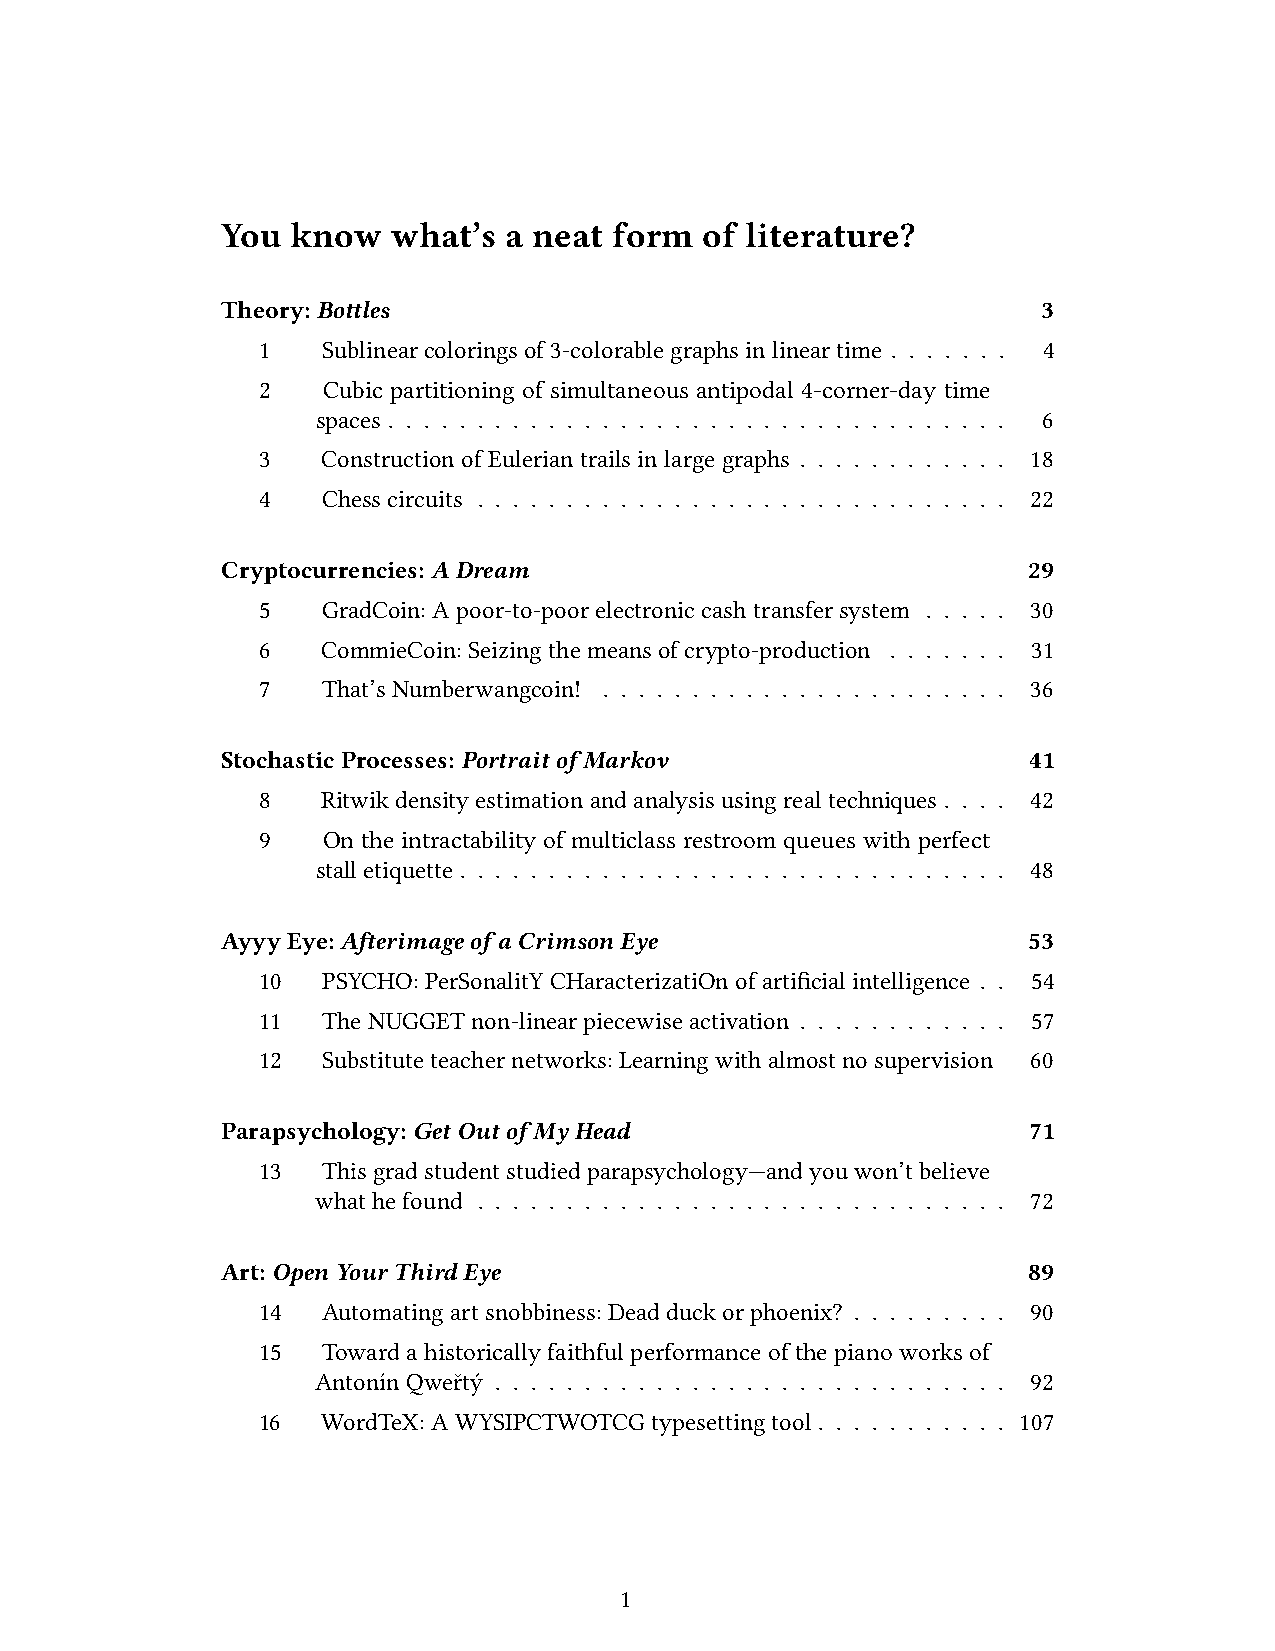
You know   what’s  a neat form  of literature?
 Theory:Bottles                                        3
 1   Sublinearcoloringsof3-colorablegraphsinlineartime . . . . . . . 4
 2   Cubic partitioning of simultaneous antipodal 4-corner-day time
 spaces . . . . . . . . . . . . . . . . . . . . . . . . . . . . . . . . . . . 6
 3   ConstructionofEuleriantrailsinlargegraphs . . . . . . . . . . . . 18
 4   Chesscircuits . . . . . . . . . . . . . . . . . . . . . . . . . . . . . . 22
 Cryptocurrencies:ADream                              29
 5   GradCoin:Apoor-to-poorelectroniccashtransfersystem . . . . . 30
 6   CommieCoin:Seizingthemeansofcrypto-production . . . . . . . 31
 7   That’sNumberwangcoin! . . . . . . . . . . . . . . . . . . . . . . . 36
 StochasticProcesses:PortraitofMarkov                 41
 8   Ritwikdensityestimationandanalysisusingrealtechniques . . . . 42
 9   On the intractability of multiclass restroom queues with perfect
 stalletiquette . . . . . . . . . . . . . . . . . . . . . . . . . . . . . . . 48
 AyyyEye:AfterimageofaCrimsonEye                      53
 10  PSYCHO:PerSonalitYCHaracterizatiOnofartificialintelligence . . 54
 11  TheNUGGETnon-linearpiecewiseactivation . . . . . . . . . . . . 57
 12  Substituteteachernetworks:Learningwithalmostnosupervision 60
 Parapsychology:GetOutofMyHead                        71
 13  Thisgrad studentstudiedparapsychology—andyou won’tbelieve
 whathefound . . . . . . . . . . . . . . . . . . . . . . . . . . . . . . 72
 Art:OpenYourThirdEye                                 89
 14  Automatingartsnobbiness:Deadduckorphoenix? . . . . . . . . . 90
 15  Towardahistoricallyfaithfulperformanceofthepianoworksof
 AntonínQweřtý . . . . . . . . . . . . . . . . . . . . . . . . . . . . . 92
 16  WordTeX:AWYSIPCTWOTCGtypesettingtool . . . . . . . . . . . 107
 1